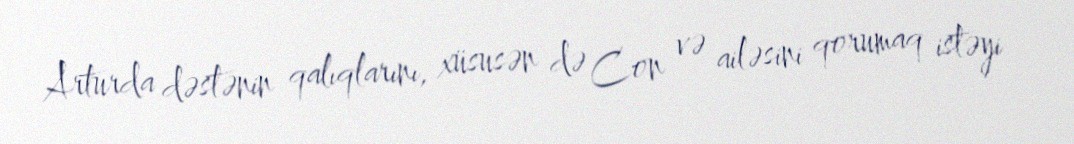
Arturda dəstənin qalıqlarını, xüsusən də Con və ailəsini qorumaq istəyi